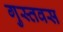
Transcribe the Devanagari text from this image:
गुस्तवस